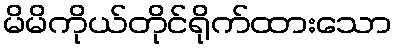
မိမိကိုယ်တိုင်ရိုက်ထားသော